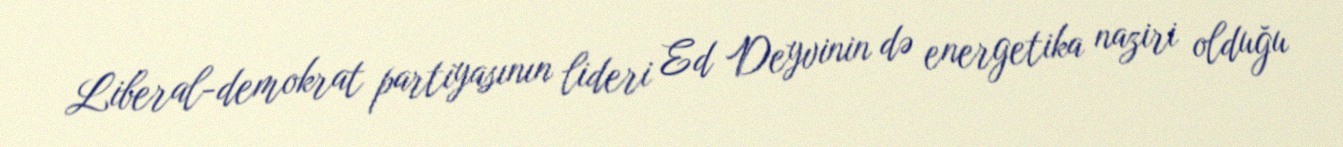
Liberal-demokrat partiyasının lideri Ed Deyvinin də energetika naziri olduğu